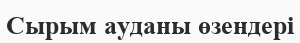
Сырым ауданы өзендері